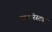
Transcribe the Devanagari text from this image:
आयरिस्टवर